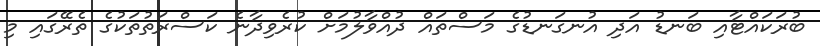
ބުރަކައްޓާއި ބަނޑު އަދި އުނގަނޑުގެ މަސްތައް ދުއްވާލުމަށް ކުރެވިދާނެ ކަސްރަތުތަކުގެ ތެރޭގައި މި